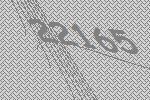
22165